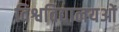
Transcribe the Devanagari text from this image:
विश्वविद्यालयओं